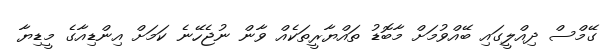
ގޭމްސް ދިއްލީގައި ބޭއްވުމަށް މާބޮޑު ތައްޔާރީތަކެއް ވާން ނުޖެހޭނެ ކަމަށް އިންޑިއާގެ މީޑިޔާ